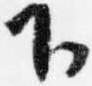
下